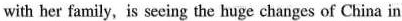
with her family,is secing the huge changes of China in